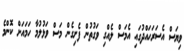
ވިޔަސް އެސަރަހައްދުގައި އެމަސް ލެއްގި ވަގުތުން ފެށިގެން މަސް ވަޅުލުމާ ހަމައަށް ކޮންމެ